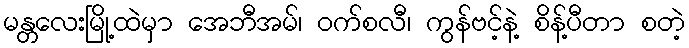
မန္တလေးမြို့ထဲမှာ အေဘီအမ်၊ ဝက်စလီ၊ ကွန်ဗင့်နဲ့ စိန့်ပီတာ စတဲ့